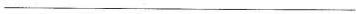
___